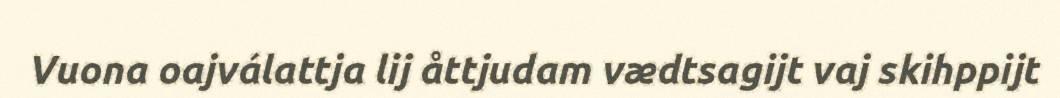
Vuona oajválattja lij åttjudam vædtsagijt vaj skihppijt